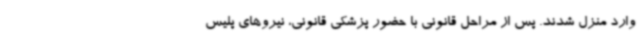
وارد منزل شدند. پس از مراحل قانونی با حضور پزشکی قانونی، نیروهای پلیس